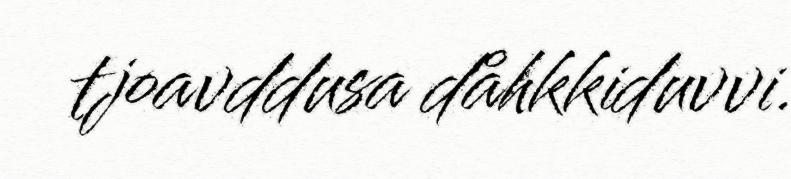
tjoavddusa dåhkkiduvvi.